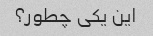
این یکی چطور؟